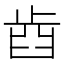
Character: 𣥫